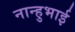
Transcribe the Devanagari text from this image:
नान्हुभाई